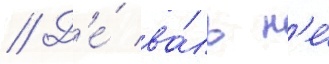
// Д'е́ ва́ль н'е́